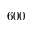
6 0 0